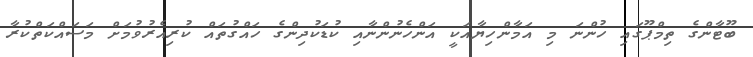
ބޫޓާންގެ ތިމްޕޫގައި ހުންނަ މި އަމާންހިޔާއަކީ އަންހެނުންނާއި ކުޑަކުދިންގެ ހައްގުތައް ކުރިއެރުވުމަށް މަސައްކަތްކުރާ